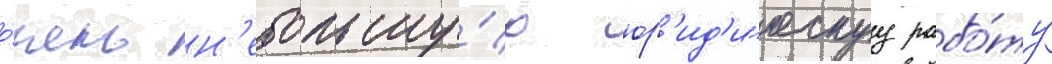
о́чень н'ебольшу́ю юр'ид'и́ческуу рабо́ту